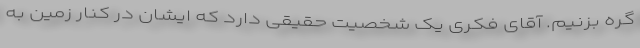
گره بزنیم. آقای فکری یک شخصیت حقیقی دارد که ایشان در کنار زمین به